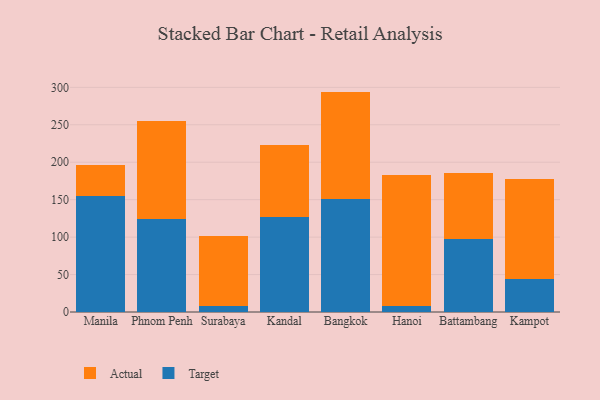
{"axis": {"x": "City", "y": "Churn Rate (%)"}, "legend": ["Actual", "Target"], "data": [{"x": "Manila", "y": 155.4, "type": "Target"}, {"x": "Manila", "y": 41.2, "type": "Actual"}, {"x": "Phnom Penh", "y": 124.7, "type": "Target"}, {"x": "Phnom Penh", "y": 130.2, "type": "Actual"}, {"x": "Surabaya", "y": 8.2, "type": "Target"}, {"x": "Surabaya", "y": 93.3, "type": "Actual"}, {"x": "Kandal", "y": 126.2, "type": "Target"}, {"x": "Kandal", "y": 96.7, "type": "Actual"}, {"x": "Bangkok", "y": 150.8, "type": "Target"}, {"x": "Bangkok", "y": 143.5, "type": "Actual"}, {"x": "Hanoi", "y": 8.3, "type": "Target"}, {"x": "Hanoi", "y": 174.9, "type": "Actual"}, {"x": "Battambang", "y": 97.2, "type": "Target"}, {"x": "Battambang", "y": 88.1, "type": "Actual"}, {"x": "Kampot", "y": 44.0, "type": "Target"}, {"x": "Kampot", "y": 133.0, "type": "Actual"}]}